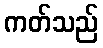
ကတ်သည်